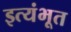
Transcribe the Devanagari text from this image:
इत्यंभूत